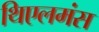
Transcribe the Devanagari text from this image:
थिएलमंस